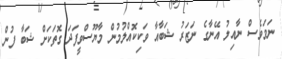
ނަމަވެސް ނާއިލު އޭނާގެ ނަޒަރު ޝަބާއާ ވަކިކޮއްލުމުން މާޔޫސްވީފަދަ ގޮތަކަށް ޝަބާ ފުން